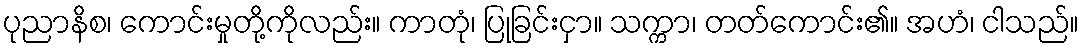
ပုညာနိစ၊ ကောင်းမှုတို့ကိုလည်း။ ကာတုံ၊ ပြုခြင်းငှာ။ သက္ကာ၊ တတ်ကောင်း၏။ အဟံ၊ ငါသည်။